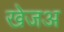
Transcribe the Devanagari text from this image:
खेजअ